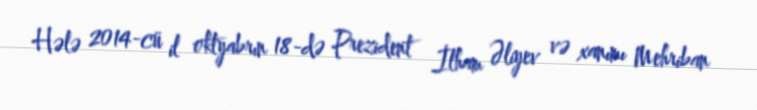
Hələ 2014-cü il oktyabrın 18-də Prezident İlham Əliyev və xanımı Mehriban